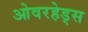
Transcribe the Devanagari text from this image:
ओवरहेड्स